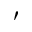
^ \prime